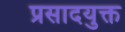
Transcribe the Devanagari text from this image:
प्रसादयुक्त